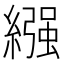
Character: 繦